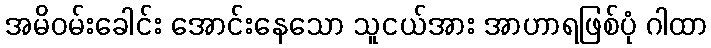
အမိဝမ်းခေါင်း အောင်းနေသော သူငယ်အား အာဟာရဖြစ်ပုံ ဂါထာ